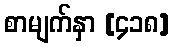
စာမျက်နှာ [၄၁၈]